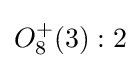
O_{8}^{+}(3):2